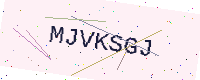
Text: MJVKSGJ